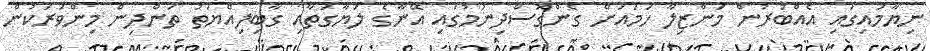
ނިޔާމައިގައި އެއްބުރުން މަންޒިލާ ހަމައަށް ގެންގޮސްދިނުމުގައި އޭނާގެ ލަޔާގަތާއި ގާބިލިއްޔަތު ތަންދިން މިންވަރަކުން